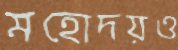
মহোদয়ও